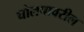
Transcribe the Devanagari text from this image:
घोलपावरील